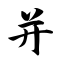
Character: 并